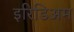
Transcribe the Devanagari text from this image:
इरिडिअम